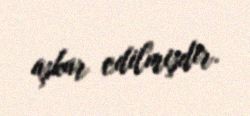
aşkar edilmişdir.